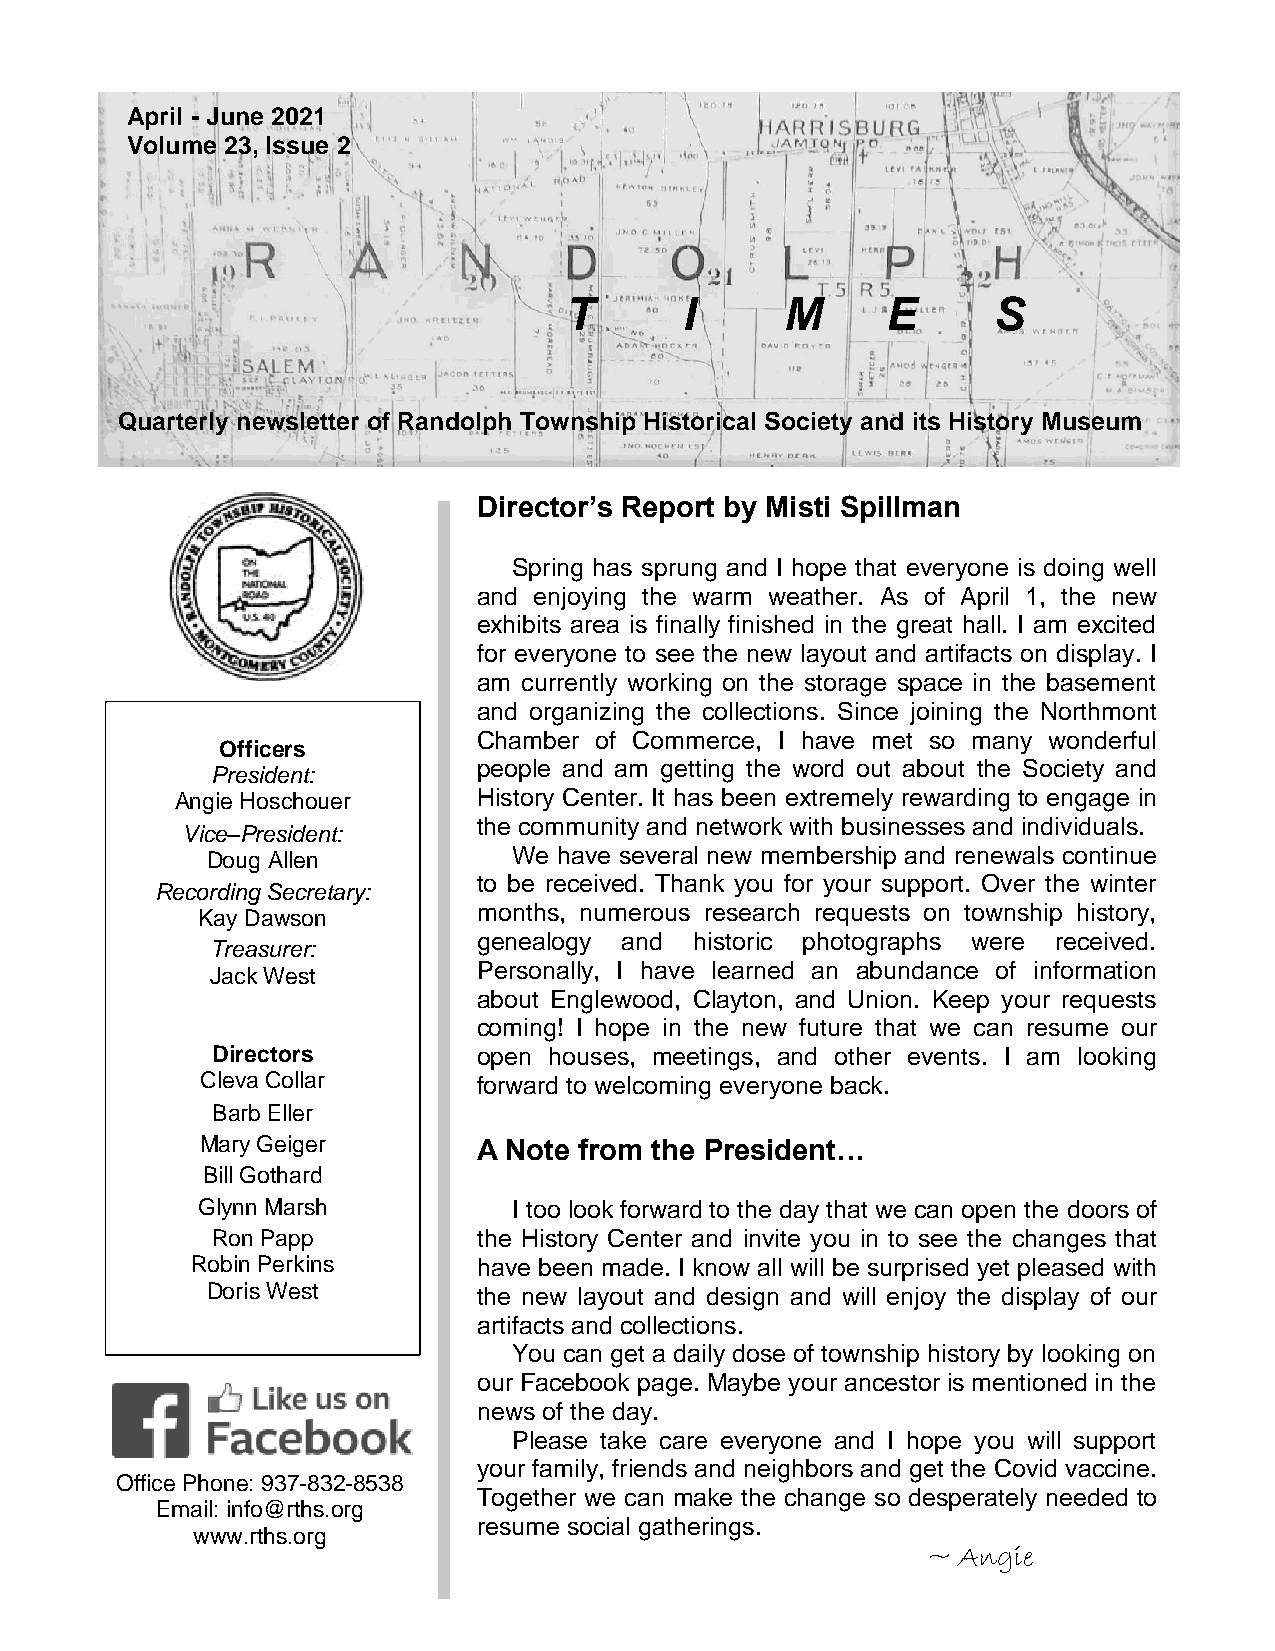
April - June 2021
 Volume 23, Issue 2
 T       I      M      E      S
 Quarterly newsletter of Randolph Township Historical Society and its History Museum
 Director’s Report by Misti Spillman
 Spring has sprung and I hope that everyone is doing well
 and enjoying the warm weather. As of April 1, the new
 exhibits area is finally finished in the great hall. I am excited
 for everyone to see the new layout and artifacts on display. I
 am currently working on the storage space in the basement
 and organizing the collections. Since joining the Northmont
 Chamber of Commerce, I have met so many wonderful
 Officers
 people and am getting the word out about the Society and
 President:
 Angie Hoschouer     History Center. It has been extremely rewarding to engage in
 the community and network with businesses and individuals.
 Vice–President:
 Doug Allen
 We have several new membership and renewals continue
 Recording Secretary:
 to be received. Thank you for your support. Over the winter
 Kay Dawson
 months, numerous research requests on township history,
 genealogy and historic photographs were received.
 Treasurer:
 Personally, I have learned an abundance of information
 Jack West
 about Englewood, Clayton, and Union. Keep your requests
 coming! I hope in the new future that we can resume our
 Directors         open houses, meetings, and other events. I am looking
 Cleva Collar       forward to welcoming everyone back.
 Barb Eller
 Mary Geiger        A Note from the President…
 Bill Goth ard
 Glynn M arsh         I too look forward to the day that we can open the doors of
 Ron Papp          the History Center and invite you in to see the changes that
 Robin Perkins      have been made. I know all will be surprised yet pleased with
 Doris West        the new layout and design and will enjoy the display of our
 artifacts and collections.
 You can get a daily dose of township history by looking on
 our Facebook page. Maybe your ancestor is mentioned in the
 news of the day.
 Please take care everyone and I hope you will support
 your family, friends and neighbors and get the Covid vaccine.
 Office Phone: 937-832-8538
 Together we can make the change so desperately needed to
 Email: info@rths.org
 resume social gatherings.
 www.rths.org
 ~ Angie